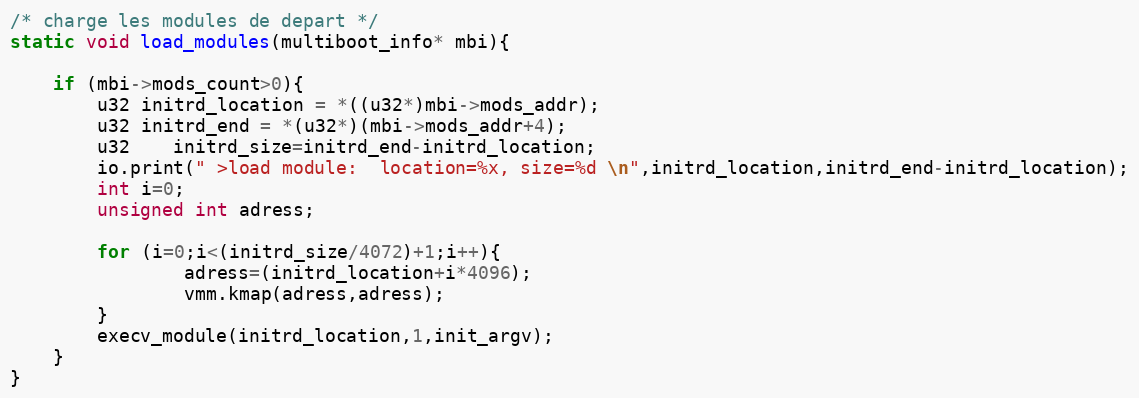
Language: C++
/* charge les modules de depart */
static void load_modules(multiboot_info* mbi){

	if (mbi->mods_count>0){
		u32 initrd_location = *((u32*)mbi->mods_addr);
		u32 initrd_end = *(u32*)(mbi->mods_addr+4);
		u32	initrd_size=initrd_end-initrd_location;
		io.print(" >load module:  location=%x, size=%d \n",initrd_location,initrd_end-initrd_location);
		int i=0;
		unsigned int adress;

		for (i=0;i<(initrd_size/4072)+1;i++){
				adress=(initrd_location+i*4096);
				vmm.kmap(adress,adress);
		}
		execv_module(initrd_location,1,init_argv);
	}
}